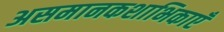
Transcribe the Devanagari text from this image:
असमानकशाभिकाएँ